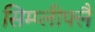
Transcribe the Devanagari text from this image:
सिम्प्लीफ्लै